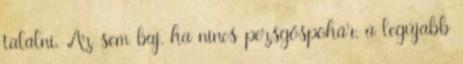
találni. Az sem baj, ha nincs pezsgőspohár, a legújabb